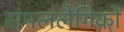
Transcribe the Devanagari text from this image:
समललैंगिकों